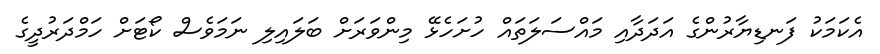
އެކަމަކު ފަނޑިޔާރުންގެ އަދަދާއި މައްސަލަތައް ހުށަހެޅޭ މިންވަރަށް ބަލައިލި ނަމަވެސް ކޯޓަށް ހަމްދަރުދީގެ